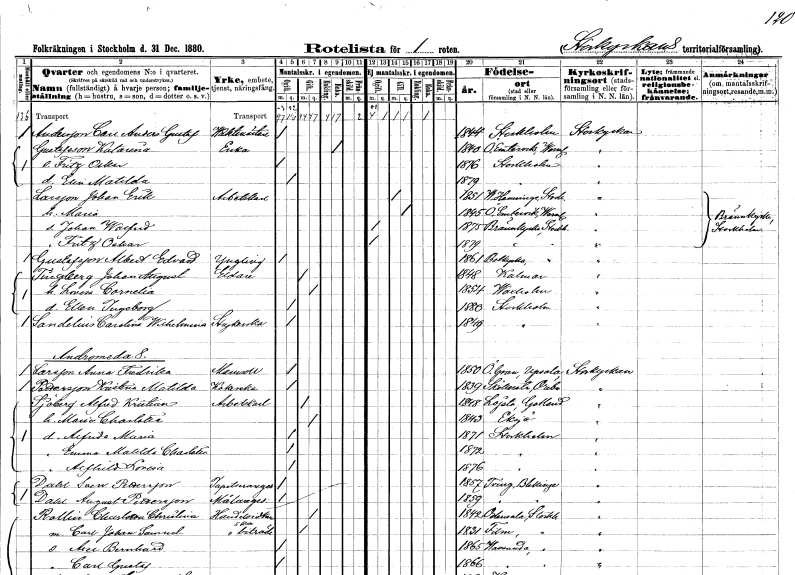
gt_parse: households: individuals: FN: Carl Anders Gustaf
EN: Andersson
YRKE: Vaktmästare
KON: M
CIV: O
FODAR: 1844
FODFORS: Stockholm
FN: Katarina
EN: Gustafsson
YRKE: Änka
KON: K
CIV: E
FODAR: 1840
FODFORS: Östra Ämtervik Värmlands län
FN: Fritz Oskar
KON: M
CIV: O
FODAR: 1876
FODFORS: Stockholm
FN: Elin Matilda
KON: K
CIV: O
FODAR: 1879
FODFORS: Stockholm
FN: Johan Erik
EN: Larsson
YRKE: Arbetskarl
KON: M
CIV: G
FODAR: 1851
FODFORS: Västerhaninge Stockholms län
FN: Maria
KON: K
CIV: G
FODAR: 1845
FODFORS: Östra Ämtervik Värmlands län
FN: Johan Walfrid
KON: M
CIV: O
FODAR: 1875
FODFORS: Brännkyrka Stockholms län
FN: Fritz Oskar
KON: M
CIV: O
FODAR: 1879
FODFORS: Brännkyrka Stockholms län
FN: Albert Edvard
EN: Gustafsson
KON: M
CIV: O
FODAR: 1861
FODFORS: Botkyrka Stockholms län
FN: Johan August
EN: Tingberg
YRKE: Eldare
KON: M
CIV: G
FODAR: 1848
FODFORS: Kalmar Kalmar län
FN: Lovisa Cornelia
KON: K
CIV: G
FODAR: 1854
FODFORS: Vaxholm Stockholms län
FN: Ellen Ingeborg
KON: K
CIV: O
FODAR: 1880
FODFORS: Stockholm
FN: Carolina Wilhelmina
EN: Sandelius
YRKE: Strykerska
KON: K
CIV: O
FODAR: 1849
FODFORS: Stockholm
FN: Anna Fredrika
EN: Larsson
KON: K
CIV: O
FODAR: 1850
FODFORS: Övergran Uppsala län
FN: Kristina Matilda
EN: Pettersson
YRKE: Kokerska
KON: K
CIV: O
FODAR: 1839
FODFORS: Sköllersta Örebro län
FN: Alfred Kristian
EN: Sjöberg
YRKE: Arbetskarl
KON: M
CIV: G
FODAR: 1848
FODFORS: Lojsta Gotlands län
FN: Maria Charlotta
KON: K
CIV: G
FODAR: 1843
FODFORS: Eksjö Jönköpings län
FN: Alfrida Maria
KON: K
CIV: O
FODAR: 1871
FODFORS: Stockholm
FN: Emma Matilda Charlotta
KON: K
CIV: O
FODAR: 1872
FODFORS: Stockholm
FN: Alfrida Lovisa
KON: K
CIV: O
FODAR: 1876
FODFORS: Stockholm
FN: Sven
EN: Dahl Pettersson
YRKE: Tapetseraregesäll
KON: M
CIV: O
FODAR: 1857
FODFORS: Tving Blekinge län
FN: August
EN: Dahl Pettersson
YRKE: Målaregesäll
KON: M
CIV: O
FODAR: 1859
FODFORS: Tving Blekinge län